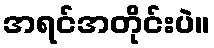
အရင်အတိုင်းပဲ။